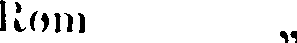
Rom „